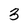
Character: 3